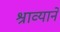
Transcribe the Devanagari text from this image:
श्राव्याने